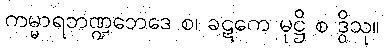
ကမ္မာရဘဏ္ဍဘေဒေ စ၊ ခဋကေ မုဋ္ဌိ စ ဒွိသု။